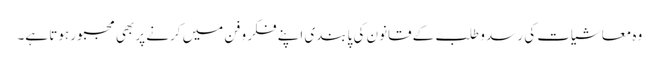
وہ معاشیات کی رسد و طلب کے قانون کی پابندی اپنے فکر و فن میں کرنے پر بھی مجبور ہوتا ہے۔